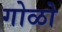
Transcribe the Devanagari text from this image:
गोळो